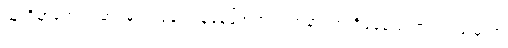
သူတို့မှာကော မောင့်မှာပါ ရုန်းကန်နေဖို့အတွက် အနာဂတ် ရှိနေသေးတယ်၊ ဖြူမှာက